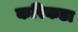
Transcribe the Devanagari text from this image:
करिकडा